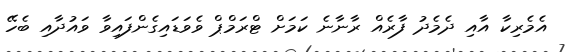
އެމެރިކާ އާއި ދެމެދު ފާރެއް ރާނާނެ ކަމަށް ޓްރަމްޕް ވެވަޑައިގެންފައިވާ ވައުދާއި ބެހޭ